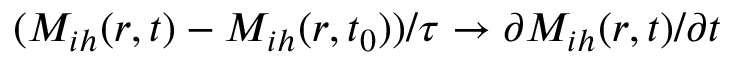
( M _ { i h } ( r , t ) - M _ { i h } ( r , t _ { 0 } ) ) / \tau \rightarrow \partial M _ { i h } ( r , t ) / \partial t